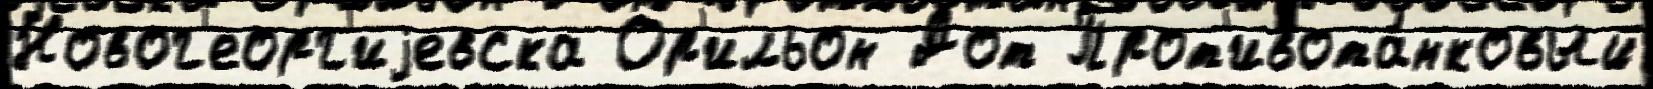
Новог'еорг'иjевска Ор'ильон Дот Прот'ивота́нковый